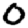
Digit: 0